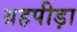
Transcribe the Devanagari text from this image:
ग्रहपीड़ा